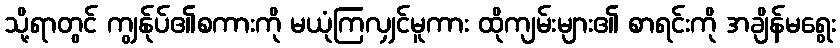
သို့ရာတွင် ကျွန်ုပ်၏စကားကို မယုံကြလျှင်မူကား ထိုကျမ်းများ၏ စာရင်းကို အချိန်မရွေး